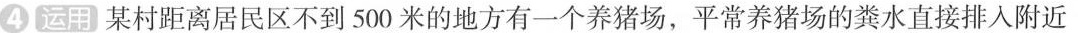
④ 运用 某村距离居民区不到500米的地方有一个养猪场，平常养猪场的粪水直接排入附近